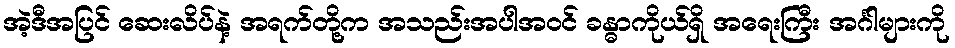
အဲ့ဒီအပြင် ဆေးလိပ်နဲ့ အရက်တို့က အသည်းအပါအဝင် ခန္ဓာကိုယ်ရှိ အရေးကြီး အင်္ဂါများကို